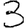
Digit: 3